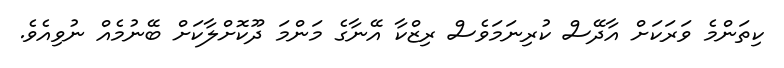
ކިތަންމެ ވަރަކަށް އާދޭސް ކުރިނަމަވެސް ރިޒްކާ އޭނާގެ މަންމަ ދޫކޮށްލާކަށް ބޭނުމެއް ނުވިއެވެ.